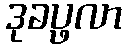
ဒုခပ္ဖလာ